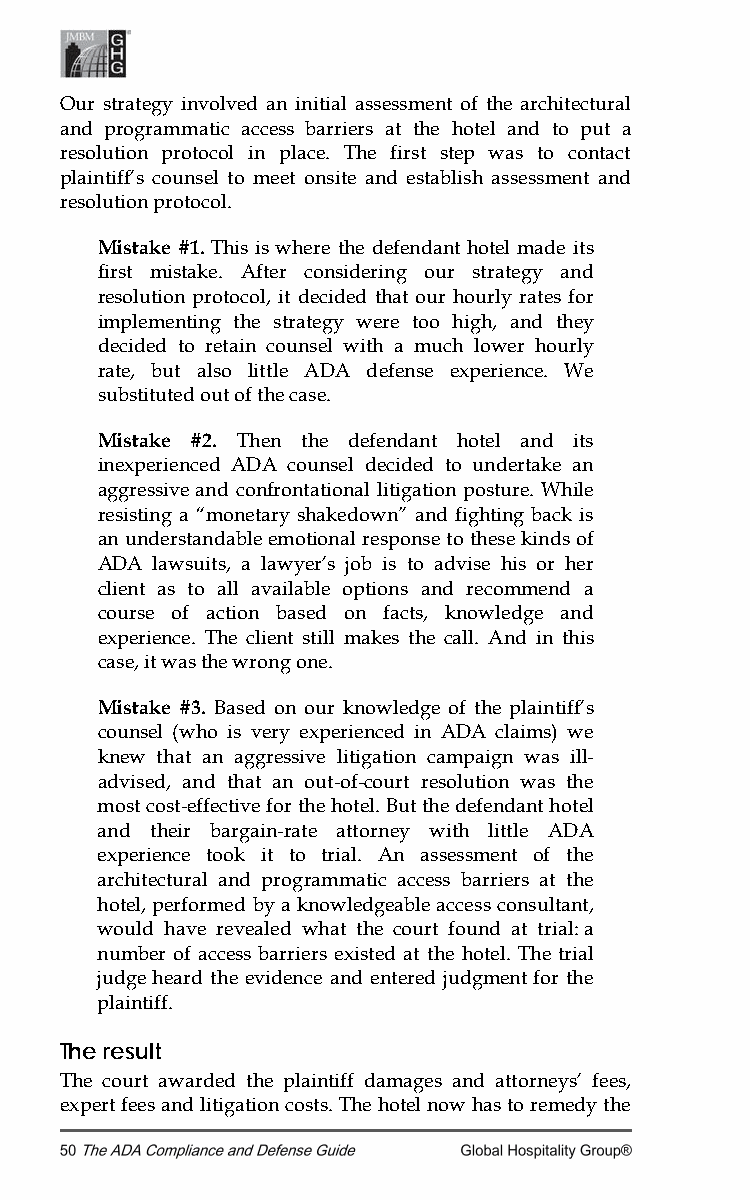
Our strategy involved an initial assessment of the architectural
 and programmatic access barriers at the hotel and to put a
 resolution protocol in place. The first step was to contact
 plaintiff’s counsel to meet onsite and establish assessment and
 resolution protocol.
 Mistake #1. This is where the defendant hotel made its
 first mistake. After considering our strategy and
 resolution protocol, it decided that our hourly rates for
 implementing the strategy were too high, and they
 decided to retain counsel with a much lower hourly
 rate, but also little ADA defense experience. We
 substituted out of the case.
 Mistake #2. Then the defendant hotel and its
 inexperienced ADA counsel decided to undertake an
 aggressive and confrontational litigation posture. While
 resisting a “monetary shakedown” and fighting back is
 an understandable emotional response to these kinds of
 ADA lawsuits, a lawyer’s job is to advise his or her
 client as to all available options and recommend a
 course of action based on facts, knowledge and
 experience. The client still makes the call. And in this
 case, it was the wrong one.
 Mistake #3. Based on our knowledge of the plaintiff’s
 counsel (who is very experienced in ADA claims) we
 knew that an aggressive litigation campaign was ill-
 advised, and that an out-of-court resolution was the
 most cost-effective for the hotel. But the defendant hotel
 and their bargain-rate attorney with little ADA
 experience took it to trial. An assessment of the
 architectural and programmatic access barriers at the
 hotel, performed by a knowledgeable access consultant,
 would have revealed what the court found at trial: a
 number of access barriers existed at the hotel. The trial
 judge heard the evidence and entered judgment for the
 plaintiff.
 The result
 The court awarded the plaintiff damages and attorneys’ fees,
 expert fees and litigation costs. The hotel now has to remedy the